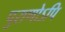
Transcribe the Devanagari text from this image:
पुराणोऽपि